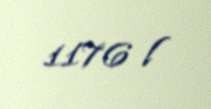
1176 l